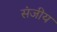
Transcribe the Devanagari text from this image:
संजीय